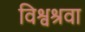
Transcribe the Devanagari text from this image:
विश्वश्रवा